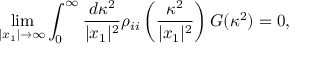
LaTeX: \operatorname * { l i m } _ { | x _ { 1 } | \rightarrow \infty } \int _ { 0 } ^ { \infty } \frac { d \kappa ^ { 2 } } { | x _ { 1 } | ^ { 2 } } \rho _ { i i } \left( \frac { \kappa ^ { 2 } } { | x _ { 1 } | ^ { 2 } } \right) G ( \kappa ^ { 2 } ) = 0 ,